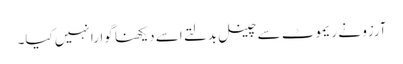
آرزو نے ریموٹ سے چینل بدلتے اسے دیکھنا گوارا نہیں کیا۔